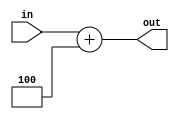
`timescale 1ns / 1ps
//////////////////////////////////////////////////////////////////////////////////
// Company: 
// Engineer: 
// 
// Design Name: 
// Module Name: add_const
// Project Name: 
// Target Devices: 
// Tool Versions: 
// Description: 
// 
// Dependencies: 
// 
// Revision:
// Revision 0.01 - File Created
// Additional Comments:
// 
//////////////////////////////////////////////////////////////////////////////////


module add_const(
    input [31:0] in,
    output reg [31:0] out
    );
    
    initial begin
        out = 32'h4;
    end
    
    always@(*) begin
        out = in + 32'h4;
    end
endmodule